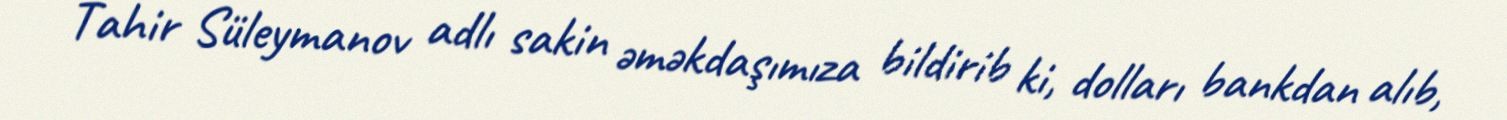
Tahir Süleymanov adlı sakin əməkdaşımıza bildirib ki, dolları bankdan alıb,